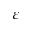
\varepsilon